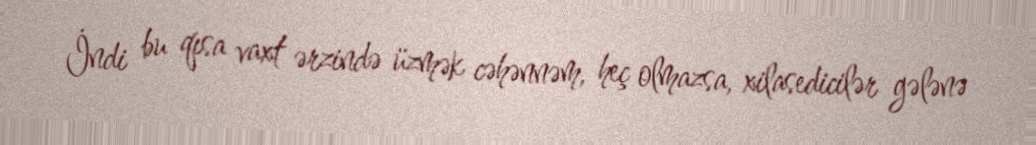
İndi bu qısa vaxt ərzində üzmək cəhənnəm, heç olmazsa, xilasedicilər gələnə